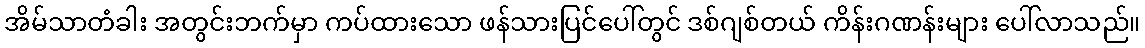
အိမ်သာတံခါး အတွင်းဘက်မှာ ကပ်ထားသော ဖန်သားပြင်ပေါ်တွင် ဒစ်ဂျစ်တယ် ကိန်းဂဏန်းများ ပေါ်လာသည်။